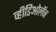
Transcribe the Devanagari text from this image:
व्हीडिओलॅन